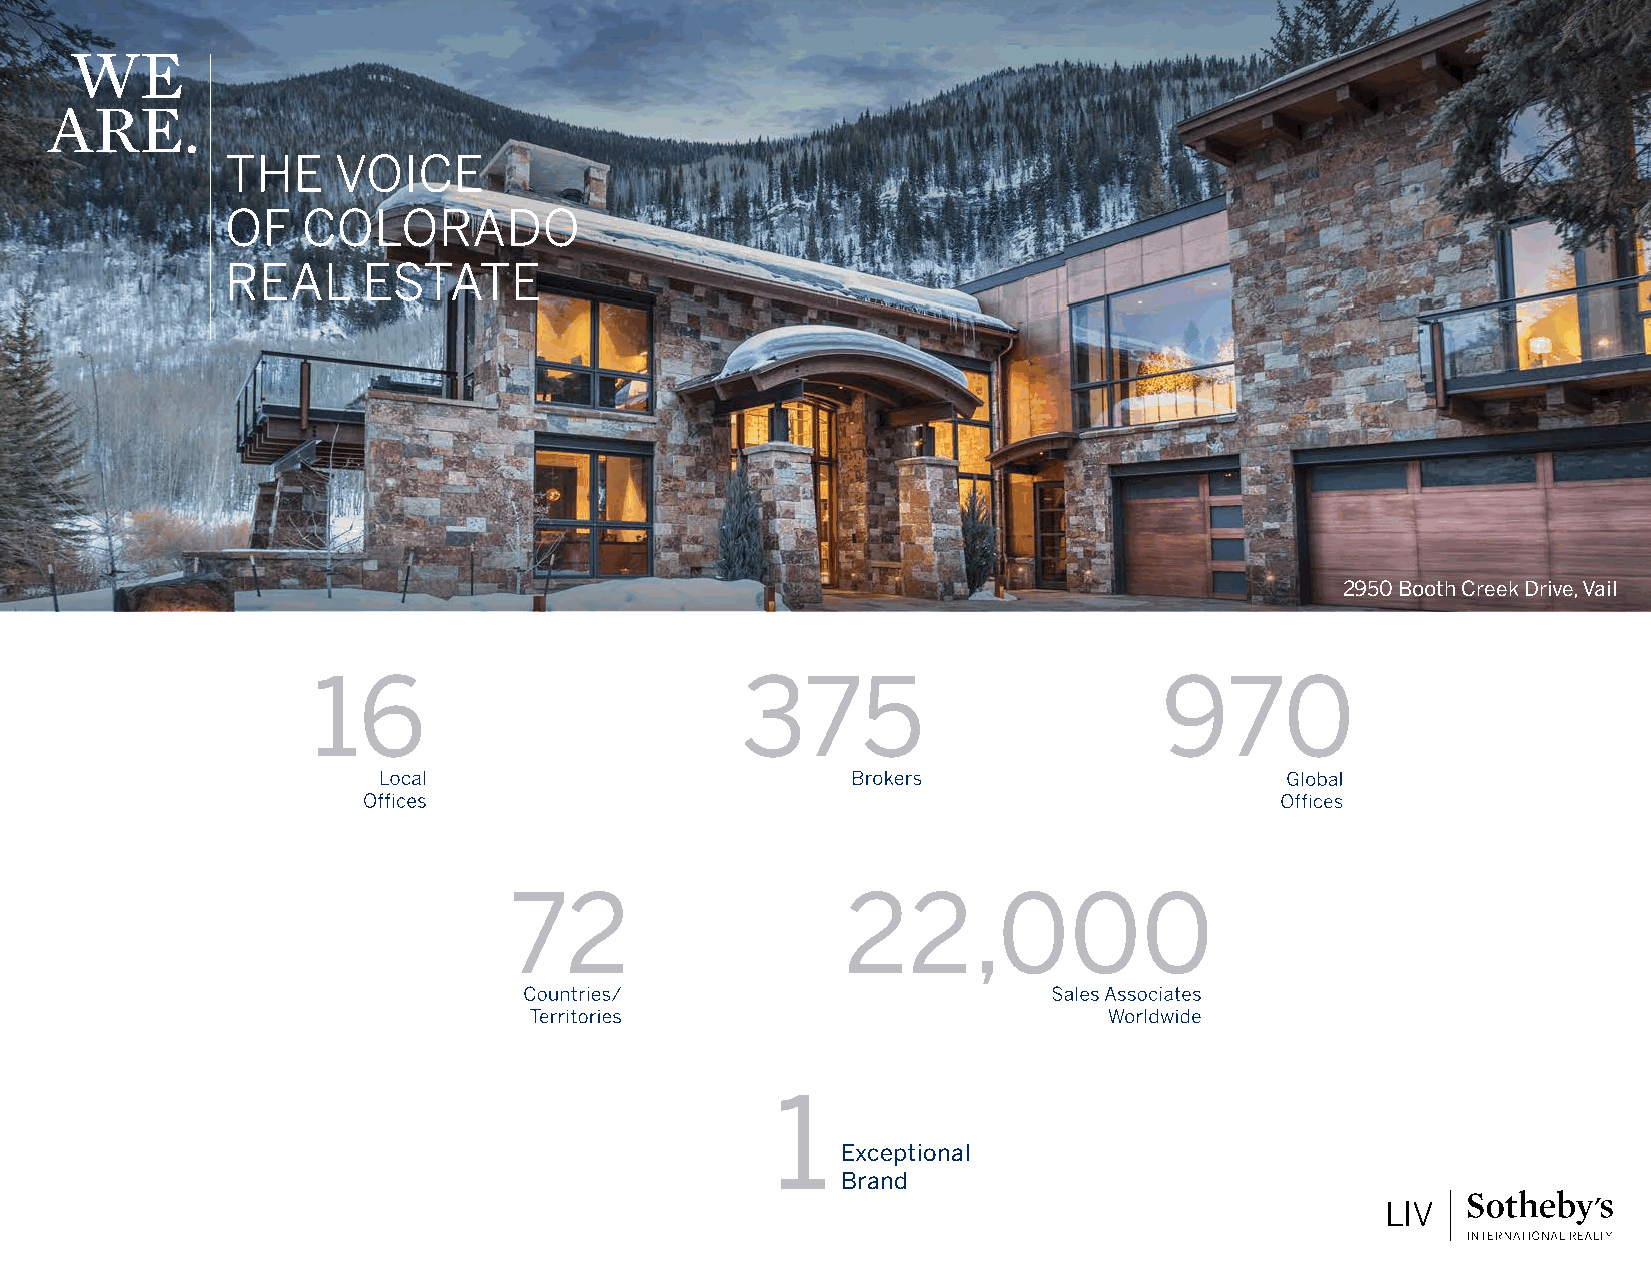
WE
 ARE.
 THE    VOICE
 OF   COLORADO
 REAL     ESTATE
 2950 Booth Creek Drive, Vail
 16                          375                         970
 72                    22,000
 1
 Exceptional
 Brand